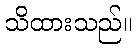
သိထားသည်။